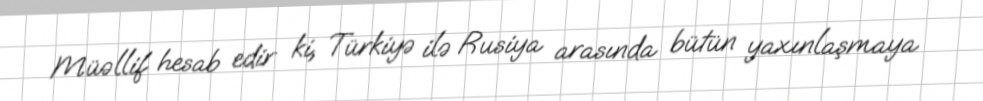
Müəllif hesab edir ki, Türkiyə ilə Rusiya arasında bütün yaxınlaşmaya